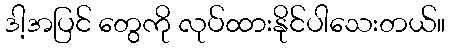
ဒါ့အပြင် တွေကို လုပ်ထားနိုင်ပါသေးတယ်။